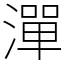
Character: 潬